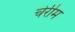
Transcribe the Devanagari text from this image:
चेरीम